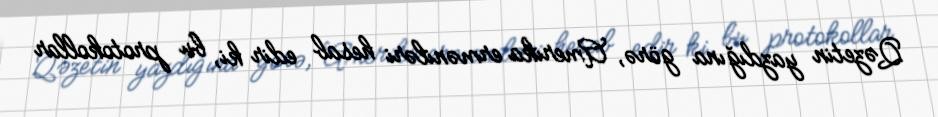
Qəzetin yazdığına görə, Amerika erməniləri hesab edir ki, bu protokollar